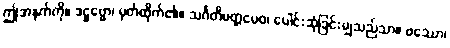
ဤအနက်ကို။ ဒဋ္ဌဗ္ဗော၊ မှတ်ထိုက်၏။ သင်္ဂတိမတ္တမေဝ၊ ပေါင်းဆုံခြင်းမျှသည်သာ။ ဖဿော၊